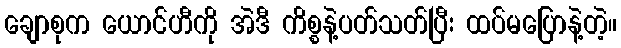
ချောစုက ယောင်ဟီကို အဲဒီ ကိစ္စနဲ့ပတ်သတ်ပြီး ထပ်မပြောနဲ့တဲ့။